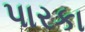
પારકા